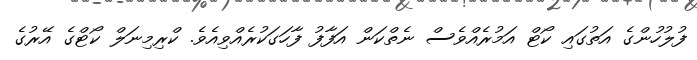
ފުލުހުންގެ އަތުގައި ކޯޓް އަމުރެއްވެސް ނެތްކަން އަފާފު ފާހަގަކުރެއްވިއެވެ. ކްރިމިނަލް ކޯޓްގެ އޭރުގެ